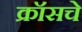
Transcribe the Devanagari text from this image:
क्रॉसचे